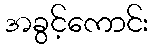
အခွင့်ကောင်း